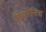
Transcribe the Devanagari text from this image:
फियोरेन्टिना